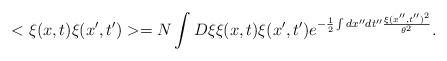
LaTeX: \begin{align*}<\xi(x,t)\xi(x',t')>=N\int D\xi \xi(x,t)\xi(x',t')e^{-\frac{1}{2}\int dx''dt''\frac{\xi(x'',t'')^2}{\theta^2}}.\end{align*}